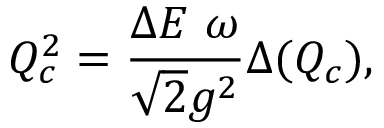
Q _ { c } ^ { 2 } = \frac { \Delta E \mathrm { ~ } \omega } { \sqrt { 2 } g ^ { 2 } } \Delta ( Q _ { c } ) ,